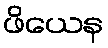
ဖိယေန